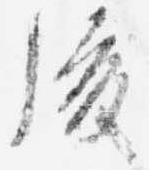
後